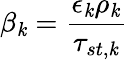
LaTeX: \beta_{\mathit{k}}=\frac{{\epsilon_{\mathit{k}}\rho_{\mathit{k}}}}{{\tau_{st,\mathit{k}}}}